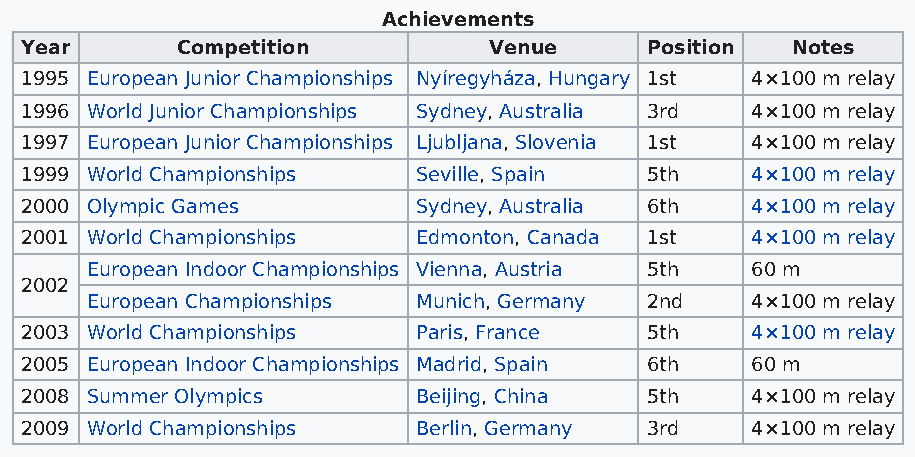
Achievements
 Year       Competition         Venue      Position Notes
 1995 European Junior Championships Nyíregyháza, Hungary 1st 4×100 m relay
 1996 World Junior Championships Sydney, Australia 3rd 4×100 m relay
 1997 European Junior Championships Ljubljana, Slovenia 1st 4×100 m relay
 1999 World Championships   Seville, Spain 5th    4×100 m relay
 2000 Olympic Games         Sydney, Australia 6th 4×100 m relay
 2001 World Championships   Edmonton, Canada 1st  4×100 m relay
 European Indoor Championships Vienna, Austria 5th 60 m
 2002
 European Championships Munich, Germany 2nd  4×100 m relay
 2003 World Championships   Paris, France  5th    4×100 m relay
 2005 European Indoor Championships Madrid, Spain 6th 60 m
 2008 Summer Olympics       Beijing, China 5th    4×100 m relay
 2009 World Championships   Berlin, Germany 3rd   4×100 m relay